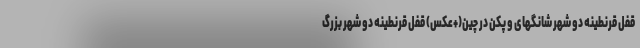
قفل قرنطینه دو شهر شانگهای و پکن در چین(+عکس) قفل قرنطینه دو شهر بزرگ